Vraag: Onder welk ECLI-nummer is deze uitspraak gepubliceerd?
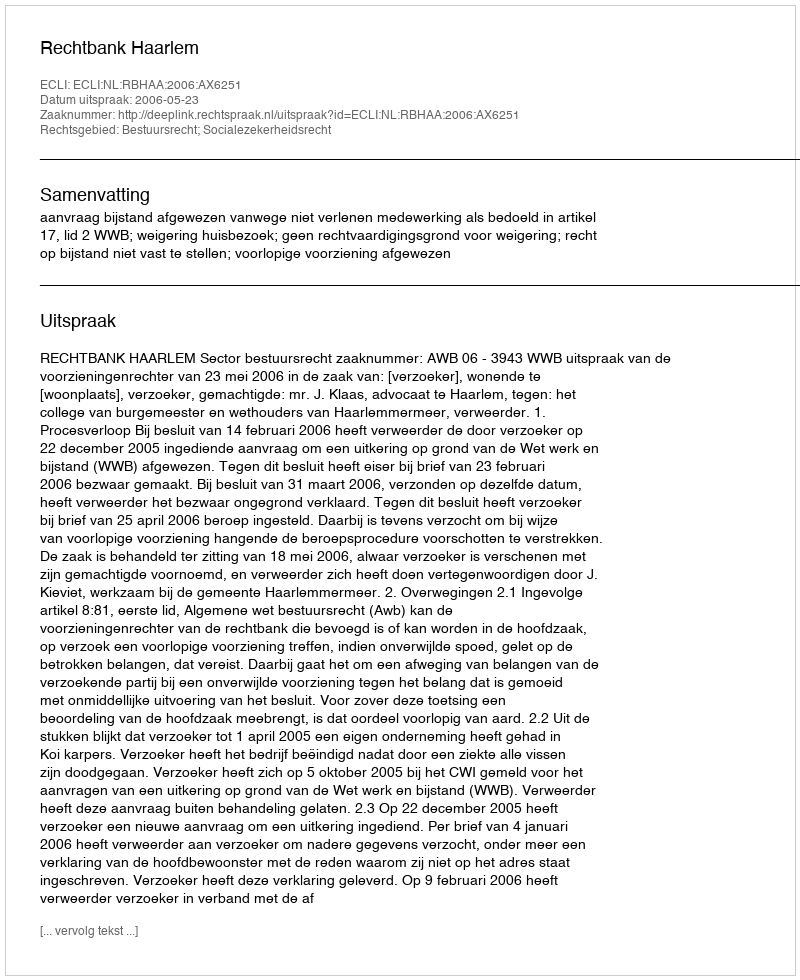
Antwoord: ECLI:NL:RBHAA:2006:AX6251